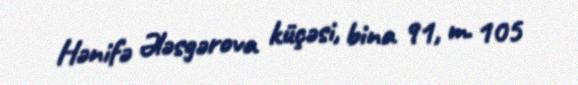
Hənifə Ələsgərova küçəsi, bina 91, m. 105